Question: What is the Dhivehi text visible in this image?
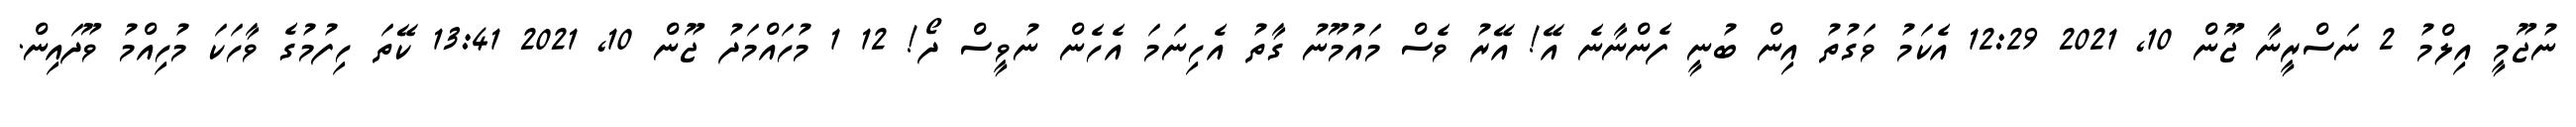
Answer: ނުޖޫމީ އިލްމު 2 ނަސްރީނާ ޖޫން 10, 2021 12:29 އެކަމު ވަގުތު އިން ބުނީ ފެންނާނެ އޭ! އޭރު ވެސް މައުމޫނު ގާތު އެހިނަމަ އެހެން ނުވީސް ދޯ! 12 1 މުހައްމަދު ޖޫން 10, 2021 13:41 ކޭތަ ހިފުމުގެ ވާހަކަ މުހިއްމު ވޫދައިން.